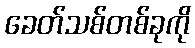
ခေတ်သစ်တစ်ခုကို